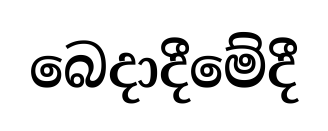
බෙදාදීමේදී